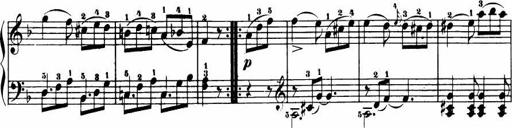
Title: Le bouquetier
Composer: Anton Diabelli
Key: G major
 C major
 F major
 C major